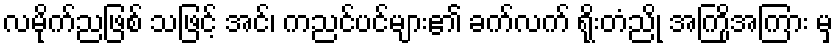
လမိုက်ညဖြစ် သဖြင့် အင်၊ ကညင်ပင်များ၏ ခက်လက် ရိုးတံညို အကြိုအကြား မှ